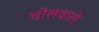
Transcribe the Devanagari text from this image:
घोलवाले